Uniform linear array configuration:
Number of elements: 8
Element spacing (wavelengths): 0.5
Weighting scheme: kaiser
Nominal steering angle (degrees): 60
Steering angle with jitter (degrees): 59.257
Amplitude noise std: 0.05
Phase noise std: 0.05

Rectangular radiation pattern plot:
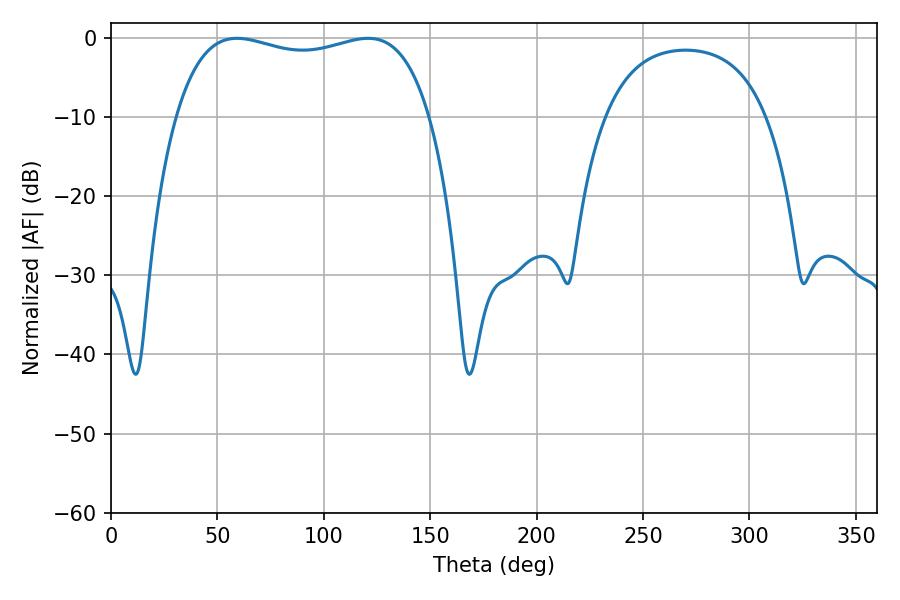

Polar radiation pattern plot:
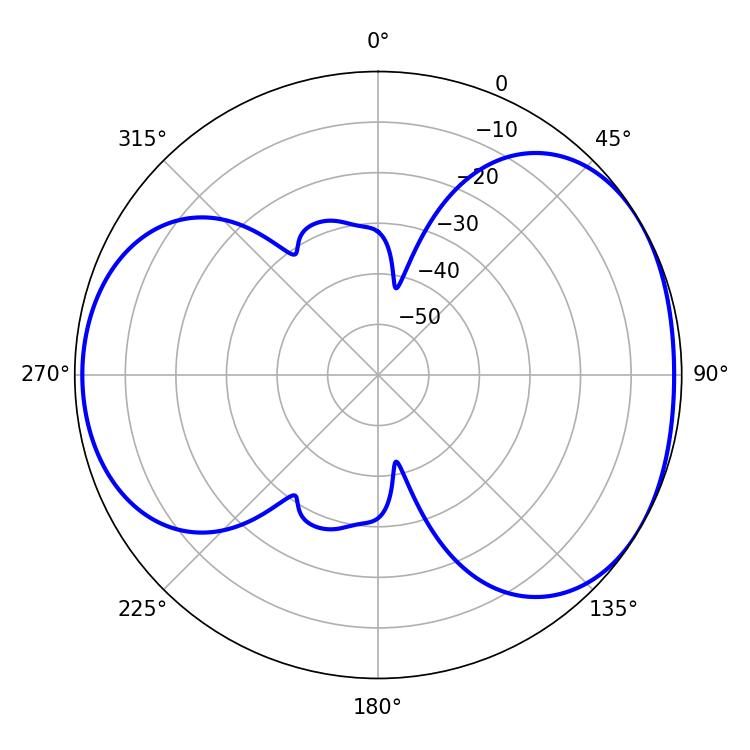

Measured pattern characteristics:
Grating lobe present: FALSE
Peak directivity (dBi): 4.444
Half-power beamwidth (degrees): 97.2
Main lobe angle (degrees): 59.22